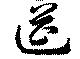
筵